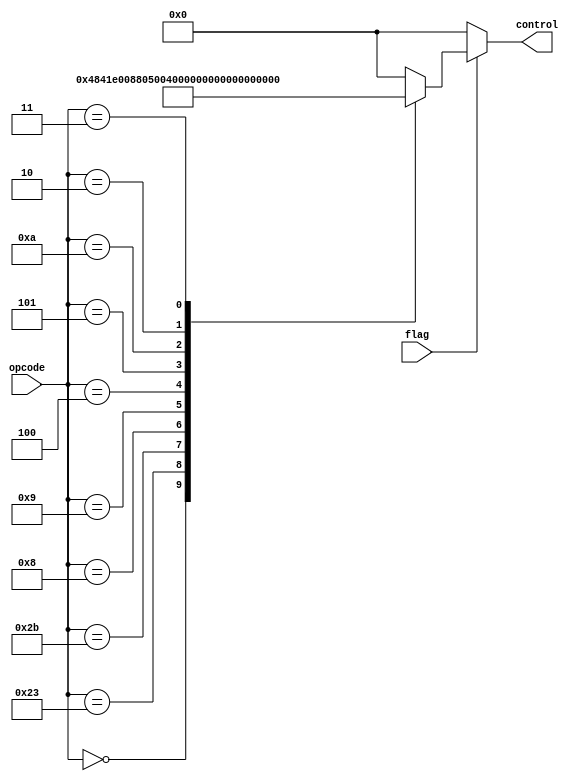
`timescale 1ns / 1ps
//////////////////////////////////////////////////////////////////////////////////
// Company: 
// Engineer: 
// 
// Design Name: 
// Module Name: control
// Project Name: 
// Target Devices: 
// Tool Versions: 
// Description: 
// 
// Dependencies: 
// 
// Revision:
// Revision 0.01 - File Created
// Additional Comments:
// 
//////////////////////////////////////////////////////////////////////////////////


module control(
    input [5:0] opcode,
    input flag,
    output reg [12:0] control
    );
    //jal,bne,jump,RegDst,ALUSrc,MemtoReg,RegWrite,MemRead,MemWrite,Branch,Aluop1,Aluop2,Aluop3
    always @(*) begin
    if(flag==0)control=0;
    else begin
    case(opcode)
    0:control=13'b0001_0010_0001_0;                  //R
    6'b100011: control=13'b0000_1111_00000;        //lw
    6'b101011: control=13'b0000_1000_10000;       //sw
    6'b001000:control=13'b0000_1010_00000;        //addi
    6'b001001:control=13'b0000101000100;       //addui
    6'b000100: control=13'b0000000001001;     //beq
    6'b000101: control=13'b0100000001001;     //bne
    6'b001010:control=13'b0000101000011;      //slti
    6'b000010: control=13'b0010000000000;        //j
    6'b000011:control=13'b1010001000000;          //jal
    default: control=0;
    endcase
    end
    end
endmodule